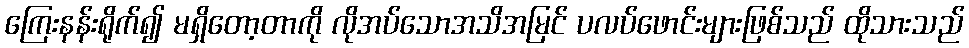
ကြေးနန်းရိုက်၍ မရှိတော့တာကို လိုအပ်သောအသိအမြင် ပလပ်ဖောင်းများဖြစ်သည် ထိုသားသည်